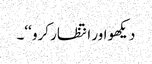
دیکھو اور انتظار کرو ‘‘۔